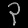
Digit: ၃